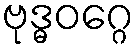
ဗုဒ္ဓဝဂ္ဂေ